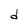
Character: d